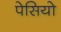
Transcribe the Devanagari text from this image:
पेसियो